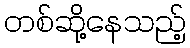
တစ်ဆို့နေသည့်